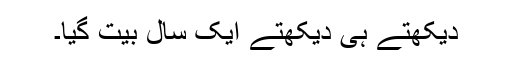
دیکھتے ہی دیکھتے ایک سال بیت گیا۔